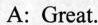
A: Great.